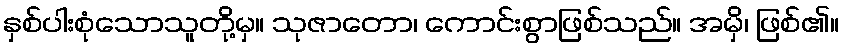
နှစ်ပါးစုံသောသူတို့မှ။ သုဇာတော၊ ကောင်းစွာဖြစ်သည်။ အမှိ၊ ဖြစ်၏။